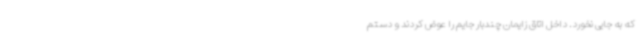
که به جایی نخورد. داخل اتاق زایمان چندبار جایم را عوض کردند و دستم